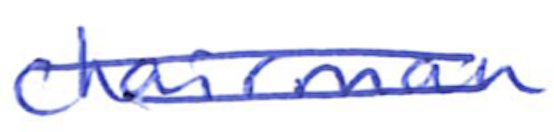
Text: chairman
Cross-out: mix
Writing tool: ballpoint